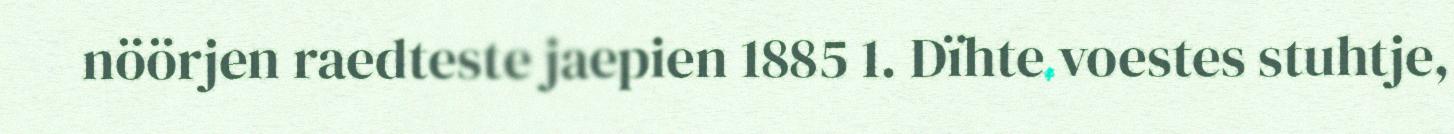
nöörjen raedteste jaepien 1885 1. Dïhte voestes stuhtje,